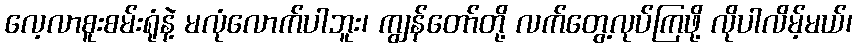
လေ့လာစူးစမ်းရုံနဲ့ မလုံလောက်ပါဘူး၊ ကျွန်တော်တို့ လက်တွေ့လုပ်ကြဖို့ လိုပါလိမ့်မယ်၊